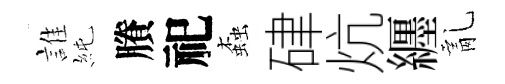
誰純賸祀螙硉炕纒亂